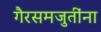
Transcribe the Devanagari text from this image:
गैरसमजुतींना